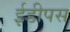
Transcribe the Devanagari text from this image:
ईडीपस